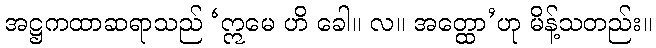
အဋ္ဌကထာဆရာသည် ‘ဣမေ ဟိ ခေါ။ လ။ အတ္ထော’ဟု မိန့်သတည်း။